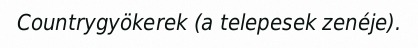
Countrygyökerek (a telepesek zenéje).